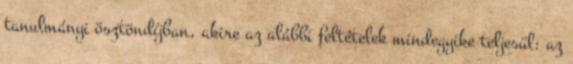
tanulmányi ösztöndíjban, akire az alábbi feltételek mindegyike teljesül: az